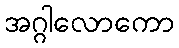
အဂ္ဂါလောကော